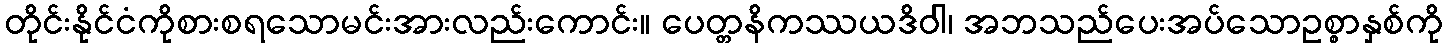
တိုင်းနိုင်ငံကိုစားစရသောမင်းအားလည်းကောင်း။ ပေတ္တနိကဿယဒိဝါ၊ အဘသည်ပေးအပ်သောဥစ္စာနှစ်ကို